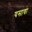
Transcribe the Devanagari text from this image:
यसावा